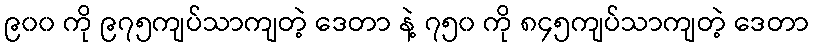
၉၀၀ ကို ၉၇၅ကျပ်သာကျတဲ့ ဒေတာ နဲ့ ၇၅၀ ကို ၈၄၅ကျပ်သာကျတဲ့ ဒေတာ